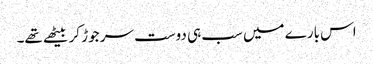
اس بارے میں سب ہی دوست سر جوڑ کر بیٹھے تھے۔